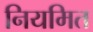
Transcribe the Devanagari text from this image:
नियमित